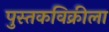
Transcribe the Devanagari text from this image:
पुस्तकविक्रीला